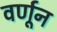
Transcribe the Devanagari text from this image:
वर्णून